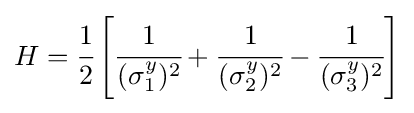
H={\cfrac {1}{2}}\left[{\cfrac {1}{(\sigma _{1}^{y})^{2}}}+{\cfrac {1}{(\sigma _{2}^{y})^{2}}}-{\cfrac {1}{(\sigma _{3}^{y})^{2}}}\right]